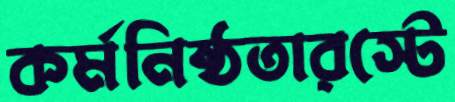
কর্মনিষ্ঠতারস্টে